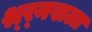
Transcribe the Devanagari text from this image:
श्र्र्नखला